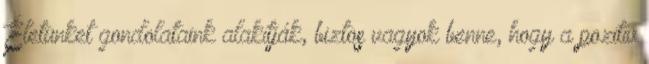
Életünket gondolataink alakítják, biztos vagyok benne, hogy a pozitív